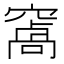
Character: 𮄑